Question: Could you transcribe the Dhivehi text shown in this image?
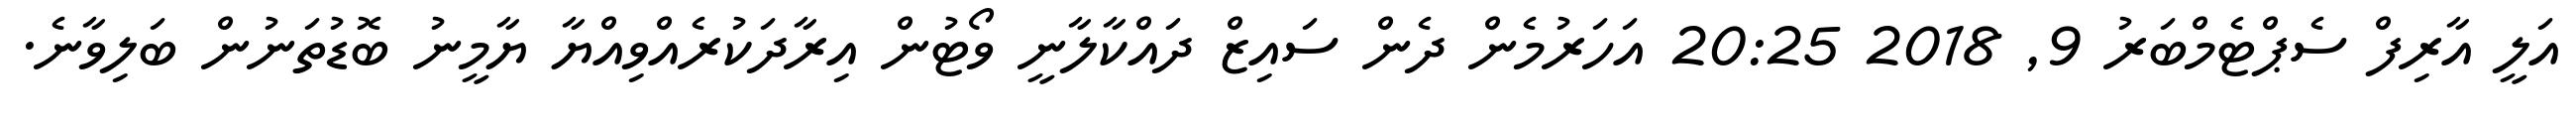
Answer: އަލީ އާރިފް ސެޕްޓެމްބަރު 9, 2018 20:25 އަހަރުމެން ދެން ސައިޒް ދައްކާލާނީ ވޯޓުން އިރާދަކުރެއްވިއްޔާ ޔާމީނު ބޮޑުތަނުން ބަލިވާނެ.